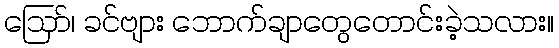
ဪ၊ ခင်ဗျား ဘောက်ချာတွေတောင်းခဲ့သလား။